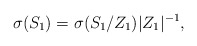
\begin{align*}\sigma(S_{1}) = \sigma(S_{1} / Z_{1}) |Z_{1}|^{-1},\end{align*}